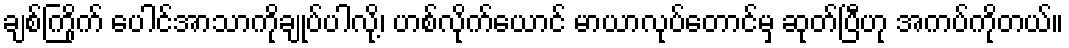
ချစ်ကြိုက် ပေါင်အာသာကိုချုပ်ပါလို့၊ ဟစ်လိုက်ယောင် မာယာလုပ်တောင်မှ ဆုတ်ပြီဟု အကပ်ကိုတယ်။